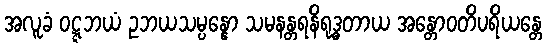
အလူခံ ဝဋ္ဋဘယံ ဥဘယသမ္ပန္နော သမနန္တရနိရုဒ္ဓတာယ အန္တောဝတိပရိယန္တေ